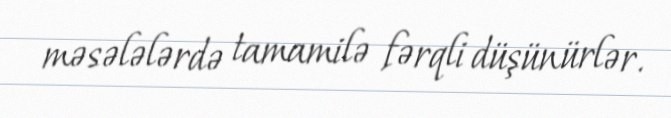
məsələlərdə tamamilə fərqli düşünürlər.